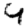
Digit: 4